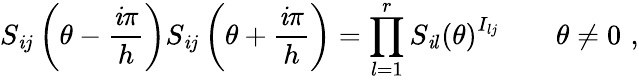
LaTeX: S_{\mathit{i}j}\left(\theta-\frac{{\mathit{i}\pi}}{{h}}\right)S_{\mathit{i}j}\left(\theta+\frac{{\mathit{i}\pi}}{{h}}\right)=\prod_{l=1}^{r}S_{\mathit{i}l}\left(\theta\right)^{I_{lj}}\qquad\theta\neq0\, \, ,